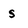
Character: s